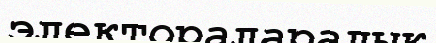
электораларалық